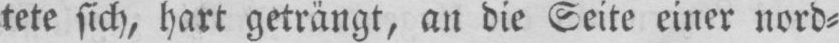
tete sich, hart geträngt, an die Seite einer nord⸗